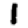
Digit: 1